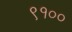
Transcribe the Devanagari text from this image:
९१००